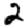
Digit: 2